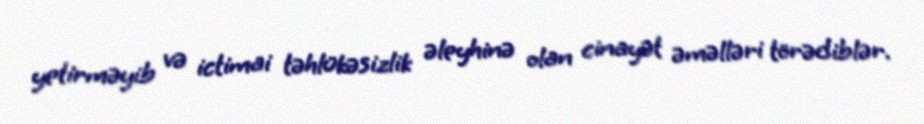
yetirməyib və ictimai təhlükəsizlik əleyhinə olan cinayət əməlləri törədiblər.